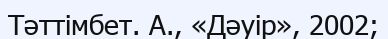
Тәттімбет. А., «Дәуір», 2002;